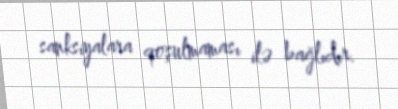
sanksiyalara qoşulmaması ilə bağlıdır.